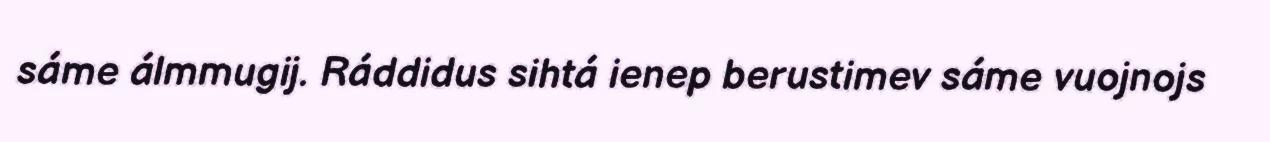
sáme álmmugij. Ráddidus sihtá ienep berustimev sáme vuojnojs